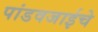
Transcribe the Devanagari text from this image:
पांडवजाईचे